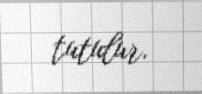
tutulur.